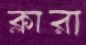
ক্লারা